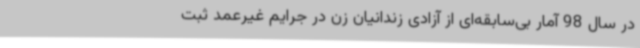
در سال 98 آمار بی‌سابقه‌ای از آزادی زندانیان زن در جرایم غیرعمد ثبت